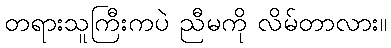
တရားသူကြီးကပဲ ညီမကို လိမ်တာလား။